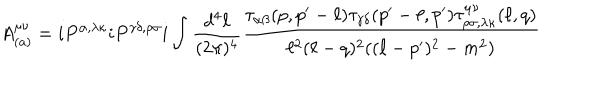
A _ { ( a ) } ^ { \mu \nu } = i P ^ { \alpha , \lambda \kappa } i P ^ { \gamma \delta , \rho \sigma } i \int { \frac { d ^ { 4 } \ell } { ( 2 \pi ) ^ { 4 } } } { \frac { \tau _ { \alpha \beta } ( p , p ^ { \prime } - \ell ) \tau _ { \gamma \delta } ( p ^ { \prime } - \ell , p ^ { \prime } ) \tau _ { \rho \sigma , \lambda \kappa } ^ { \mu \nu } ( \ell , q ) } { \ell ^ { 2 } ( \ell - q ) ^ { 2 } ( ( \ell - p ^ { \prime } ) ^ { 2 } - m ^ { 2 } ) } }